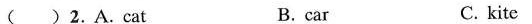
( ) 2.A.Cat B.car C. kite